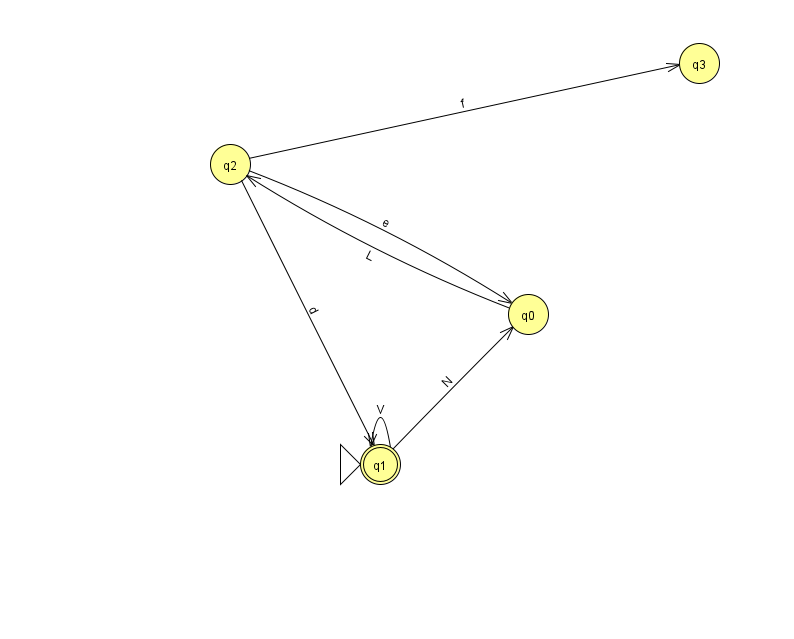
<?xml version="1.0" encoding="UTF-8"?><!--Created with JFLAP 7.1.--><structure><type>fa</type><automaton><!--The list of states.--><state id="0" name="q0"><x>528.0</x><y>301.0</y></state><state id="1" name="q1"><x>380.0</x><y>451.0</y><initial/><final/></state><state id="2" name="q2"><x>230.0</x><y>151.0</y></state><state id="3" name="q3"><x>699.0</x><y>50.0</y></state><!--The list of transitions.--><transition><from>2</from><to>0</to><read>e</read></transition><transition><from>1</from><to>0</to><read>N</read></transition><transition><from>1</from><to>1</to><read>V</read></transition><transition><from>2</from><to>3</to><read>f</read></transition><transition><from>0</from><to>2</to><read>L</read></transition><transition><from>2</from><to>1</to><read>d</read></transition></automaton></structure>